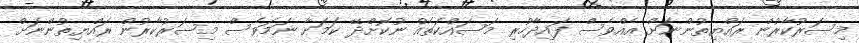
މިސަރުކާރުން ރައްޔިތުންނަށް އެއްވެސް ފައިދާހުރި މަސައްކަތެއް ނުކޮށްދޭ ކަމަށާ ނަމަވެސް މިސަރުކާރުން ރައްޔިތުންނަށް